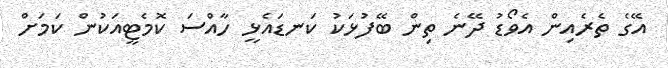
އޭގެ ތެރެއިން އެވޯޑު ދޭނެ ތިން ބޭފުޅަކު ކަނޑައެޅީ ހާއްސަ ކޮމެޓީއަކުން ކަމަށް